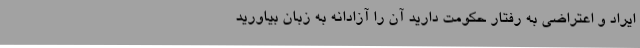
ایراد و اعتراضی به رفتار حکومت دارید آن را آزادانه به زبان بیاورید